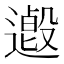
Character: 𨗋